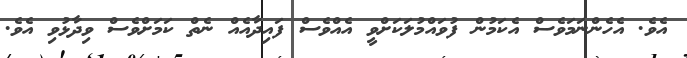
އެވެ. އެހެންނަމަވެސް އެކަމުން ފުވައްމުލަކަށްވީ އެއްވެސް ފައިދާއެއް ނެތް ކަމަށްވެސް ވިދާޅުވި އެވެ.